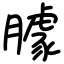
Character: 臄